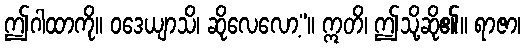
ဤဂါထာကို။ ဝဒေယျာသိ၊ ဆိုလေလော့”။ ဣတိ၊ ဤသို့ဆို၏။ ရာဇာ၊